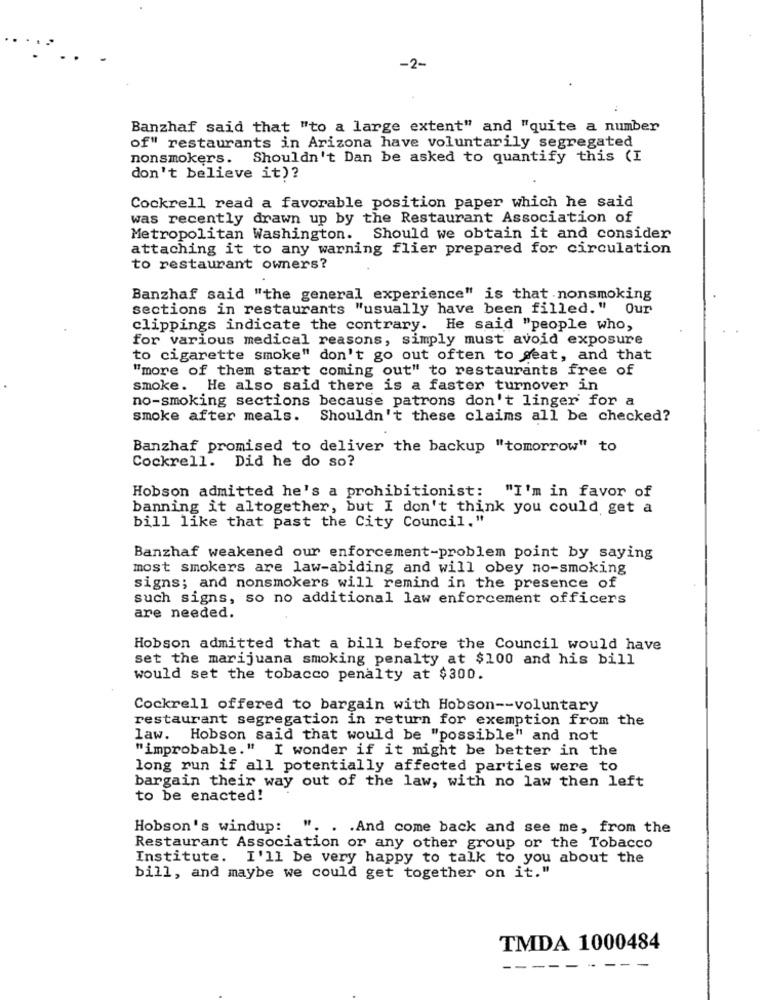
-2-
Banzhaf said that "to a large extent" and "quite a number
of" restaurants in Arizona have voluntarily segregated
nonsmokers. Shouldn't Dan be asked to quantify this (I
don't believe it)?
Cockrell read a favorable position paper which he said
was recently drawn up by the Restaurant Association of
Metropolitan Washington. Should we obtain it and consider
attaching it to any warning flier prepared for circulation
to restaurant owners?
Banzhaf said "the general experience" is that nonsmoking
sections in restaurants "usually have been filled. "
Our
clippings indicate the contrary. He said "people who,
for various medical reasons, simply must avoid exposure
to cigarette smoke" don't go out often to seat, and that
"more of them start coming out" to restaurants free of
smoke. He also said there is a faster turnover in
no-smoking sections because patrons don't linger for a
smoke after meals. Shouldn't these claims all be checked?
Banzhaf promised to deliver the backup "tomorrow" to
Cockrell. Did he do so?
Hobson admitted he's a prohibitionist:
"I'm in favor of
banning it altogether, but I don't think you could get a
bill like that past the City Council."
Banzhaf weakened our enforcement-problem point by saying
most smokers are law-abiding and will obey no-smoking
signs; and nonsmokers will remind in the presence of
such signs, so no additional law enforcement officers
are needed.
Hobson admitted that a bill before the Council would have
set the marijuana smoking penalty at $100 and his bill
would set the tobacco penalty at $300.
Cockrell offered to bargain with Hobson -- voluntary
restaurant segregation in return for exemption from the
law. Hobson said that would be "possible" and not
"improbable." I wonder if it might be better in the
long run if all potentially affected parties were to
bargain their way out of the law, with no law then left
to be enacted!
Hobson's windup:
". . . And come back and see me, from the
Restaurant Association or any other group or the Tobacco
Institute. I'll be very happy to talk to you about the
bill, and maybe we could get together on it."
TMDA 1000484
--